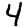
Digit: 4